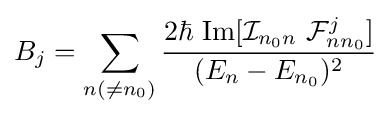
{B}_{j}=\sum _{n(\neq n_{0})}{\frac {2\hbar \ {\rm {Im}}[{\mathcal {I}}_{n_{0}n}\ {\mathcal {F}}_{nn_{0}}^{j}]}{(E_{n}-E_{n_{0}})^{2}}}